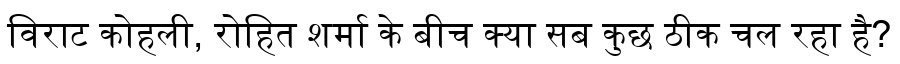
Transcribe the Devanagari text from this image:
विराट कोहली, रोहित शर्मा के बीच क्या सब कुछ ठीक चल रहा है?